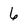
Character: 6